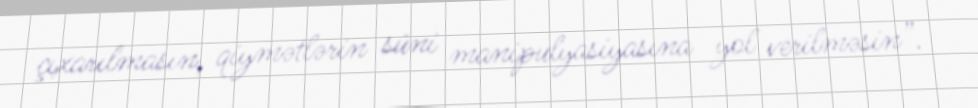
çıxarılmasın, qiymətlərin süni manipulyasiyasına yol verilməsin”.